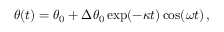
\begin{array} { r } { \theta ( t ) = \theta _ { 0 } + \Delta \theta _ { 0 } \exp ( - \kappa t ) \cos ( \omega t ) \, , } \end{array}